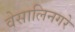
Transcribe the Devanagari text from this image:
वेसालिनगरे